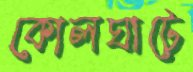
কোলঘাটে